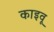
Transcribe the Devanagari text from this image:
काइवू